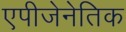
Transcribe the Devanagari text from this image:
एपीजेनेतिक